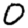
Digit: 0